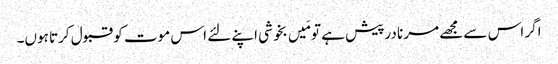
اگر اس سے مجھے مرنا درپیش ہے تو مَیں بخوشی اپنے لئے اس موت کو قبول کرتا ہوں۔